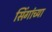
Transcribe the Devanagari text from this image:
सिंगांच्या